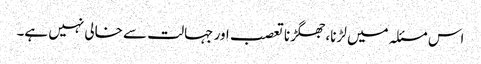
اس مسئلہ میں لڑنا، جھگڑنا تعصب اور جہالت سے خالی نہیں ہے۔